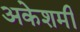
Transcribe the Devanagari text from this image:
अकेशमी